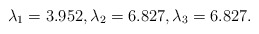
\begin{align*}\lambda_1 = 3.952, \lambda_2 = 6.827, \lambda_3 = 6.827.\end{align*}